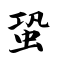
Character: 蛩